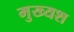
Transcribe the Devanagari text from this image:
मुख्यश